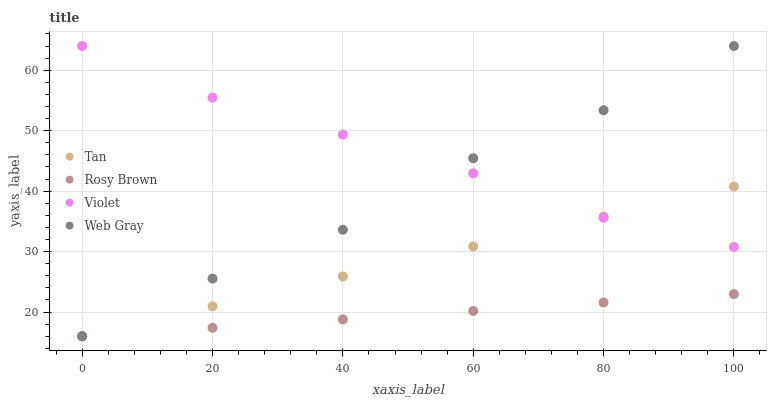
| xaxis_label | Tan | Rosy Brown | Violet | Web Gray |
 | --- | --- | --- | --- | --- |
 | 0 | 16 | 16 | 64 | 16 |
 | 20 | 21 | 17.4 | 55.5 | 25.5 |
 | 40 | 25.9 | 18.8 | 49.4 | 33.6 |
 | 60 | 30.9 | 20.2 | 42.9 | 45.4 |
 | 80 | 35.8 | 21.6 | 35.6 | 53.4 |
 | 100 | 40.8 | 23 | 30.8 | 64 |